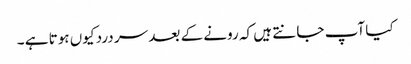
کیا آپ جا نتے ہیں کہ رونے کے بعد سر درد کیوں ہوتا ہے ۔